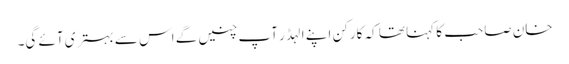
خان صاحب کا کہنا تھا کہ کارکن اپنے الہڈر آپ چنیں گے اس سے بہتری آئے گی۔